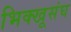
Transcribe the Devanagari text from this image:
भिक्खूसंघ